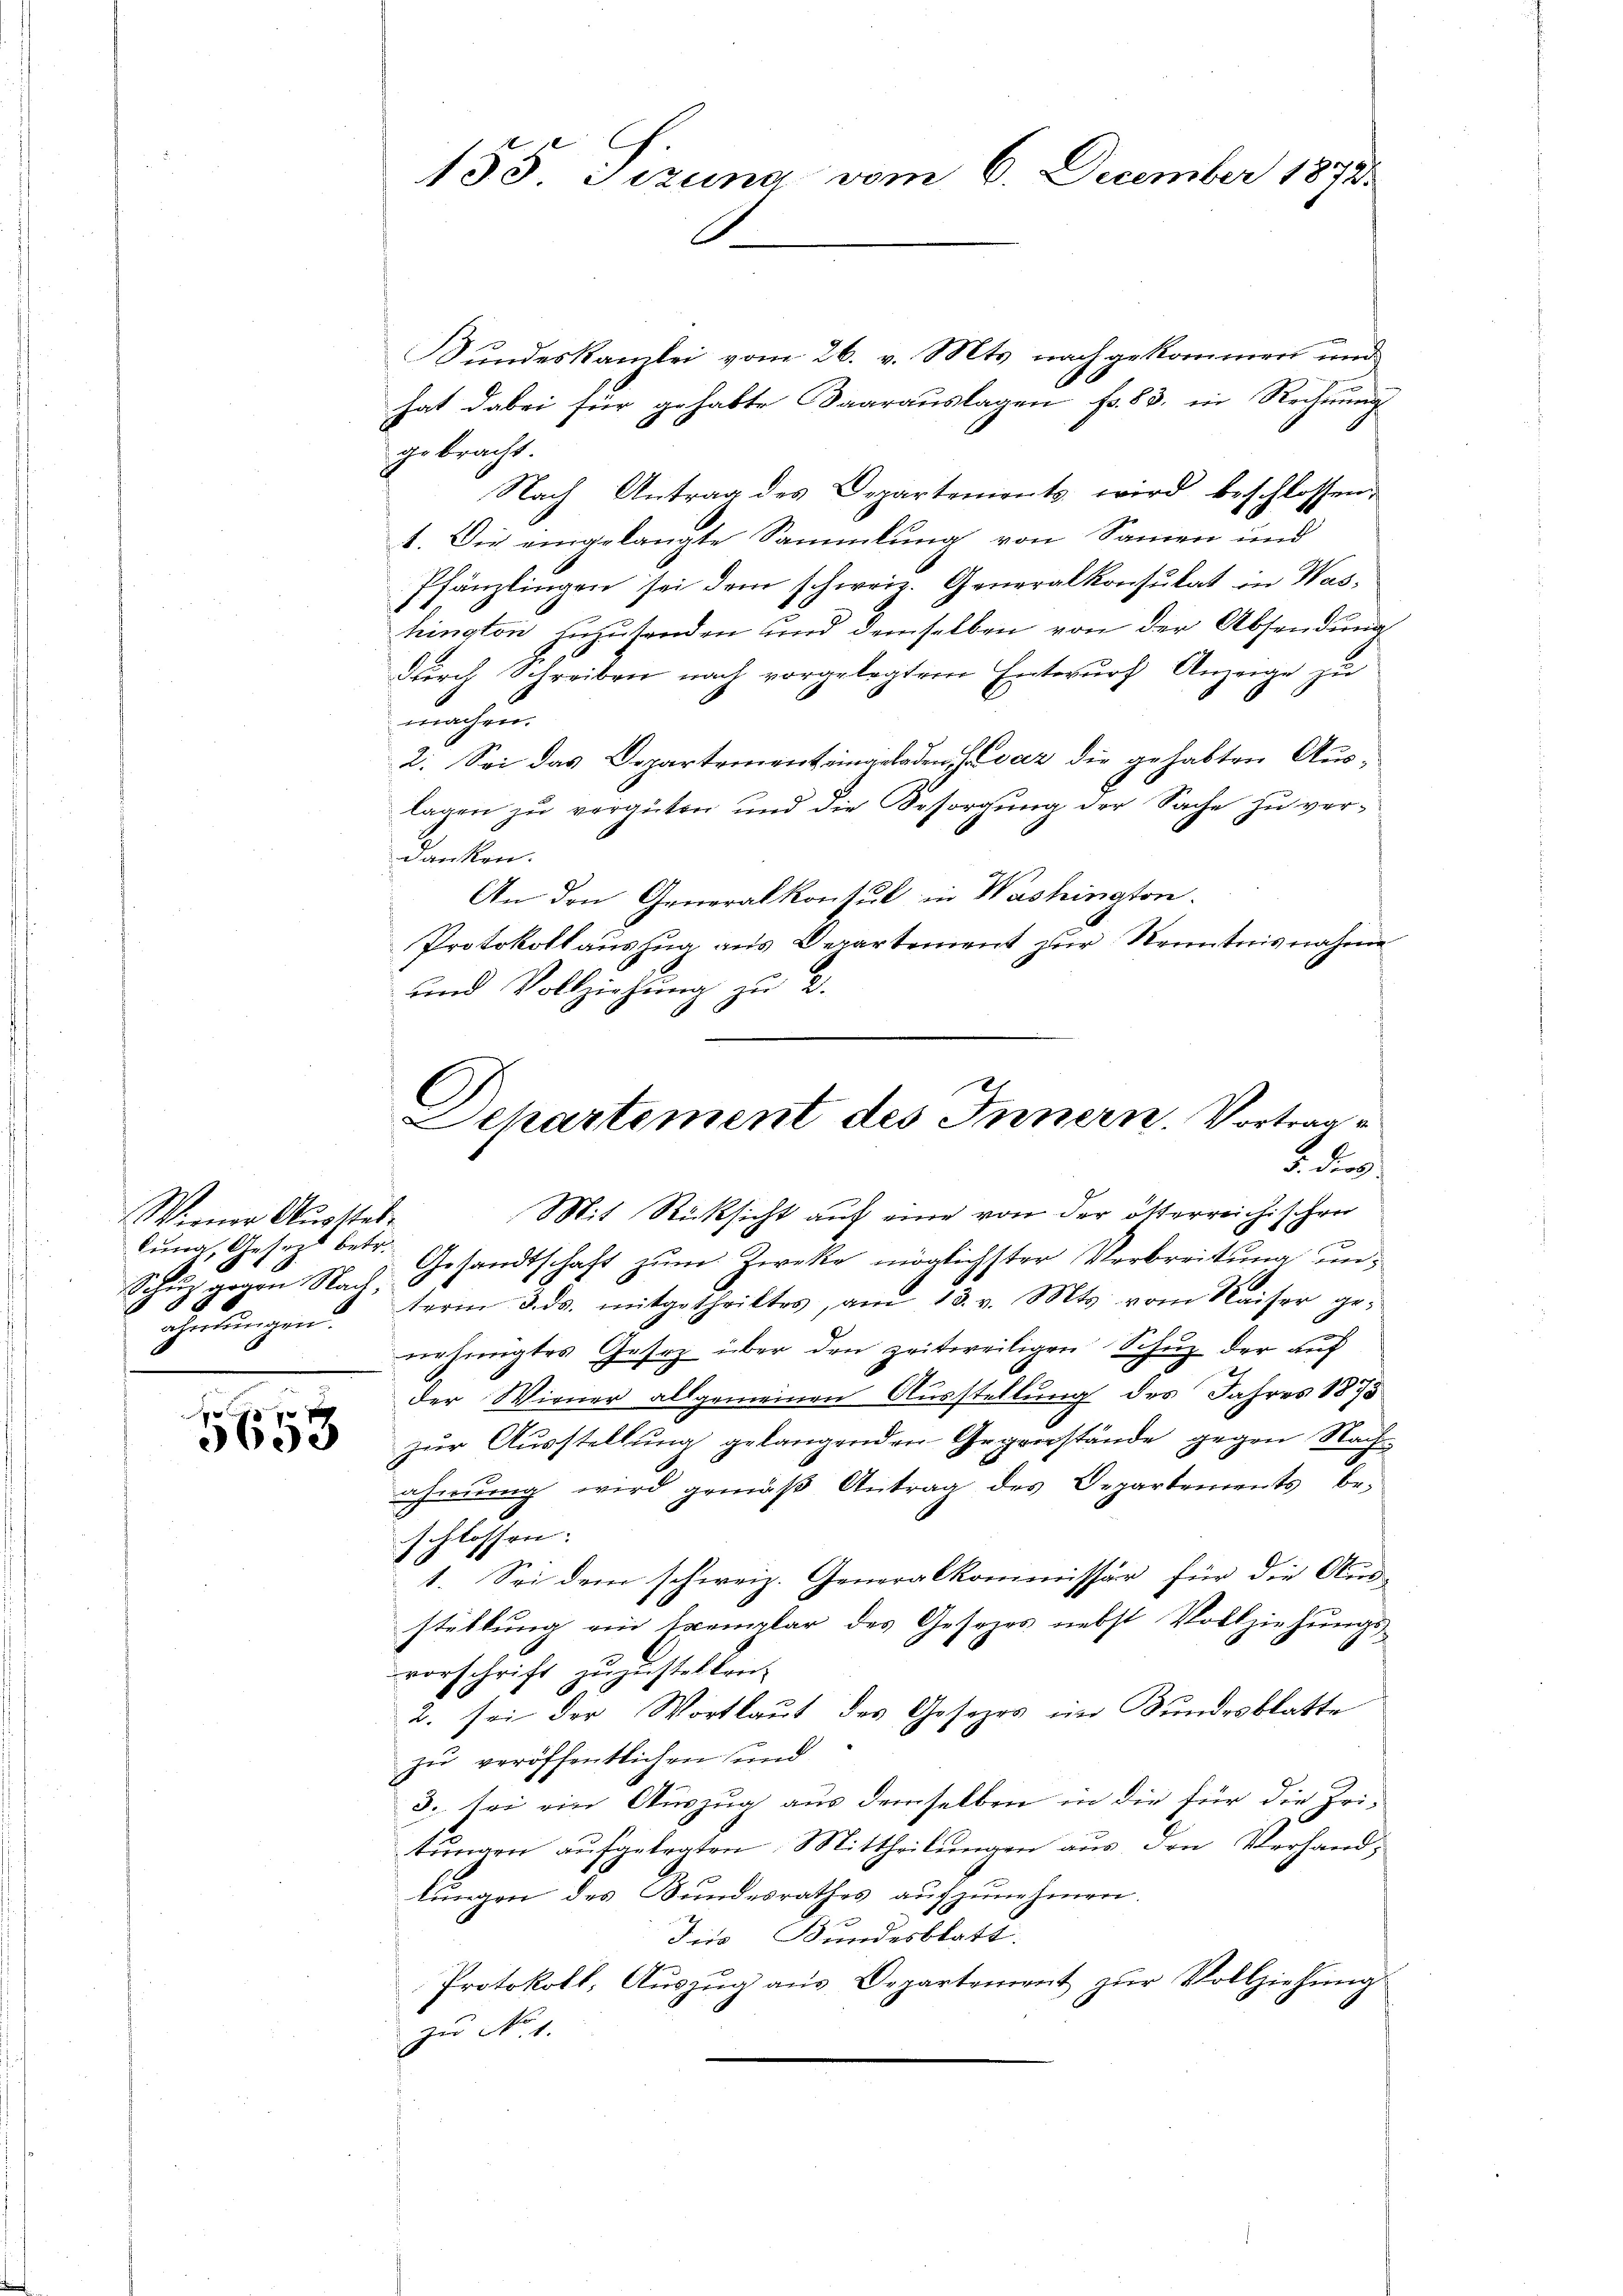
Wiener Ausstellung, Gesezt betr.
ohelungen.

p
g
3600

135. Sizung vom 6. December 1874.

Bundeskanzlei vom 26. v. Mts. nach gekommen und
hat dabei für gehabte Baarauslagen fr. 83. in Rechnung
gebracht.
Nach Antrag des Departements wird beschlossen:
1. Die eingelangte Sammlung von Sammen und
Pfänzlingen sei dem schweiz. Generalkonsulat in Washington zuzusenden und demselben von der Absendung
durch Schreiben nach vorgelegtem Entwurf Anzeige zu
machen.
2. Sei das Departement eingeladen Jovaz die gehabten Auslagen zŭ vergüten und die Besorgŭng der Sache zŭ ver-
danken.
An den Generalkonsul in Washington.
Protokollauszug aus Departement zur Kenntnisnahme
und Vollziehung zu 2.
Departement des Innern, Vortrage

R

Mit Rücksicht auf eine von der österreichischen
Gesandtschaft zŭm Zwecke möglichster Verbreitung un¬
Schŭz gegen Nach, serm 3. ds. mitgetheiltes, am 13. v. Mts. vom Kaiser ge-
nehmigtes Gesez über den zeitweiligen Schuz der auf
der Wiener allgemeinen Ausstellung des Jahres 1873
zur Ausstellung gelangenden Gegenstände gegen Nachahnŭng wird gemäβ Antrag des Departements be-
schlossen:
1. Sei dem schweiz. Generalkommissär für die Aus-
stellung ein Exemplar des Gesezes nebst Vollziehungs-
vorschrift zuzustellen.
2. sei der Wortlaut des Gesezes im Bundesblatte
zu veröffentlichen und
3. sei ein Auszug aus demselben in die für die Zei-
tungen aufgelegten Mittheilungen aus den Verhandlungen des Bundesrathes aufzunehmen.
Dis Bundesblatt.
Protokoll, Aŭszŭg aŭs Departement zŭr Vollziehŭng
zu No. 1.